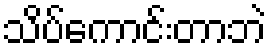
သိပ်ကောင်းတာဘဲ